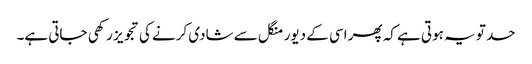
حد تو یہ ہوتی ہے کہ پھر اسی کے دیور منگل سے شادی کرنے کی تجویز رکھی جاتی ہے۔